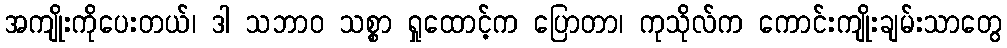
အကျိုးကိုပေးတယ်၊ ဒါ သဘာဝ သစ္စာ ရှုထောင့်က ပြောတာ၊ ကုသိုလ်က ကောင်းကျိုးချမ်းသာတွေ